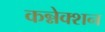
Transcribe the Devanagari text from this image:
कन्नेक्शन